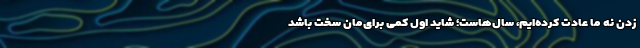
زدن نه ما عادت کرده‌ایم، سال‌هاست؛ شاید اول کمی برای‌مان سخت باشد